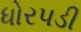
ધોરપડી